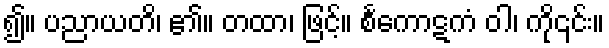
၍။ ပညာယတိ၊ ၏။ တထာ၊ ဖြင့်။ စင်္ကောဋကံ ဝါ၊ ကို၎င်း။